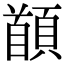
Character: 䭭